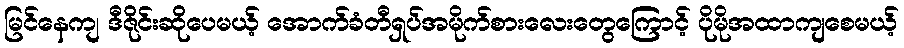
မြင်နေကျ ဒီဇိုင်းဆိုပေမယ့် အောက်ခံတီရှပ်အမိုက်စားလေးတွေကြောင့် ပိုမိုအထာကျစေမယ့်